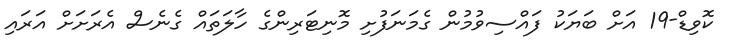
ކޮވިޑް-19 އަށް ބަޔަކު ފައްސިވުމުން ގެމަނަފުށި މޮނިޓަރިންގެ ހާލަތައް ގެނެސް އެރަށަށް އަރައި